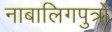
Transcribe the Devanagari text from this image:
नाबालिगपुत्रों